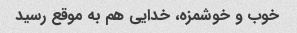
خوب و خوشمزه، خدایی هم به موقع رسید